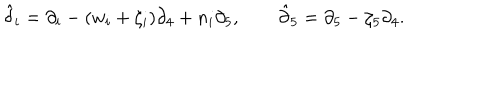
\hat { { \delta } } _ { i } = \partial _ { i } - ( w _ { i } + \zeta _ { i } ) \partial _ { 4 } + n _ { i } \partial _ { 5 } , \qquad \hat { { \partial } } _ { 5 } = \partial _ { 5 } - \zeta _ { 5 } \partial _ { 4 } .